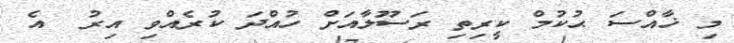
މި ޚާއްސަ ޙުކުމް ކީރިތި ރަސޫލާއަށް ހުއްދަ ކުރެއްވި އިރު  އެ